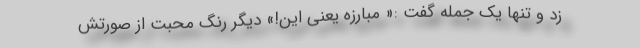
زد و تنها یک جمله گفت :« مبارزه یعنی این!» دیگر رنگ محبت از صورتش